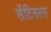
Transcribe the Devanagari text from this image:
सेंटिनल्स